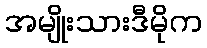
အမျိုးသားဒီမိုက